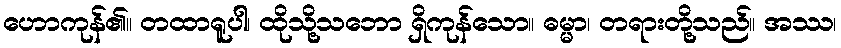
ဟောကုန်၏။ တထာရူပါ၊ ထိုသို့သဘော ရှိကုန်သော။ ဓမ္မာ၊ တရားတို့သည်။ အဿ၊